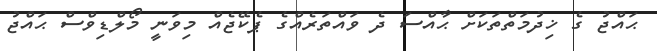
ޙައްޖު ގެ ޚިދުމަތްތަކަށް ޙާއްސަ ދެ ވައްތަރެއްގެ ޕެކޭޖެއް މިވަނީ މޯލްޑިވްސް ޙައްޖު